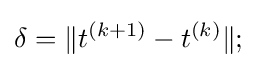
{\delta }=\|t^{(k+1)}-t^{(k)}\|;